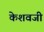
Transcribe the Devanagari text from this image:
केशवजी